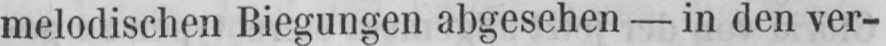
melodischen Biegungen abgesehen - in den ver-